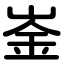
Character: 崟